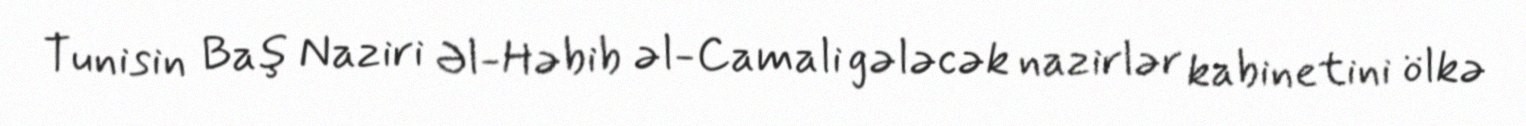
Tunisin Baş Naziri Əl-Həbib əl-Camali gələcək nazirlər kabinetini ölkə